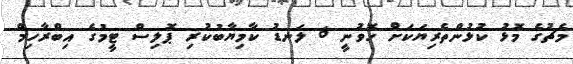
މެޗުގެ މޮޅު ކުޅުންތެރިޔަކަށް ހޮވުނީ 6 ލަނޑު ކާމިޔާބުކުރި ޕޮލިސް ޓީމުގެ އިބްރާހިމް